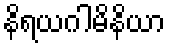
နိရယဂါမိနိယာ